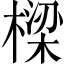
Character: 樑